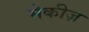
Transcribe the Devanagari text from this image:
मेकीज़